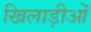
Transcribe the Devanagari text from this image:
खिलाड़ीओं